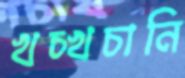
খচ্‌খচানি